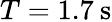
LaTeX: T=1.7\: \mathrm{s}